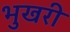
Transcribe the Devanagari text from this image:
भुखरी